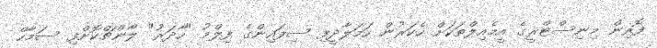
ފޮރިން މިނިސްޓްރީގެ އީމެއިލްތަކަށް ހެކަރުން ހަމަލާދީފި ސިފައިންގެ ފިލްމު "ހާދަރު" ލޯންޗްކޮށްފި ސަމާހް